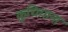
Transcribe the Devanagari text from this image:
कुचियाना